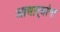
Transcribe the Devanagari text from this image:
आचार्‍यांना